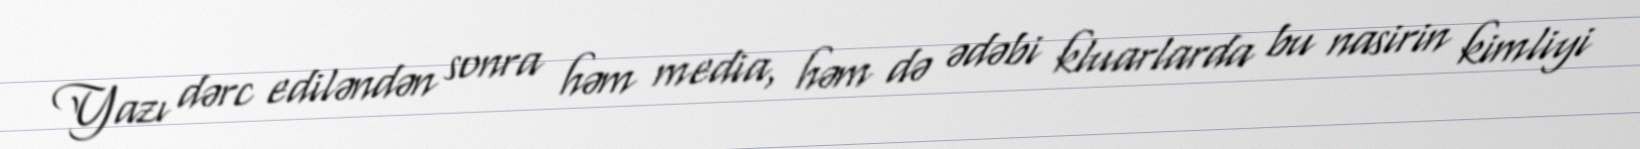
Yazı dərc ediləndən sonra həm media, həm də ədəbi kluarlarda bu nasirin kimliyi